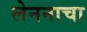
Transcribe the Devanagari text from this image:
लेननाचा